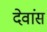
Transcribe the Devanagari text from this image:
देवांस